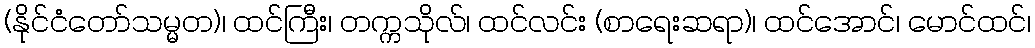
(နိုင်ငံတော်သမ္မတ)၊ ထင်ကြီး၊ တက္ကသိုလ်၊ ထင်လင်း (စာရေးဆရာ)၊ ထင်အောင်၊ မောင်ထင်၊